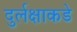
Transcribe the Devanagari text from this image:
दुर्लक्षाकडे